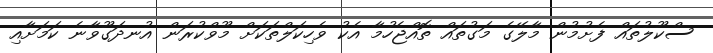
ސްކޫލުތައް ފެށުމުން މާލޭގެ މަގުތައް ތޮއްޖެހުމާ އެކު ވެހިކަލްތަކަށް މޫވްކުރަން އުނދަގޫވާނެ ކަމަށާއި